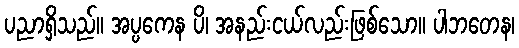
ပညာရှိသည်။ အပ္ပကေန ပိ၊ အနည်းငယ်လည်းဖြစ်သော။ ပါဘတေန၊